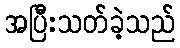
အပြီးသတ်ခဲ့သည်